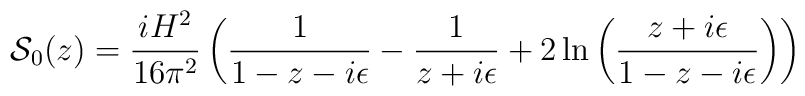
{\cal{S}}_0(z)=\frac{iH^2}{16\pi^2}\left(\frac{1}{1-z-i\epsilon}-\frac{1}{z+i\epsilon}+2\ln\left(\frac{z+i\epsilon}{1-z-i\epsilon}\right)\right)